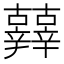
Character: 𨑀